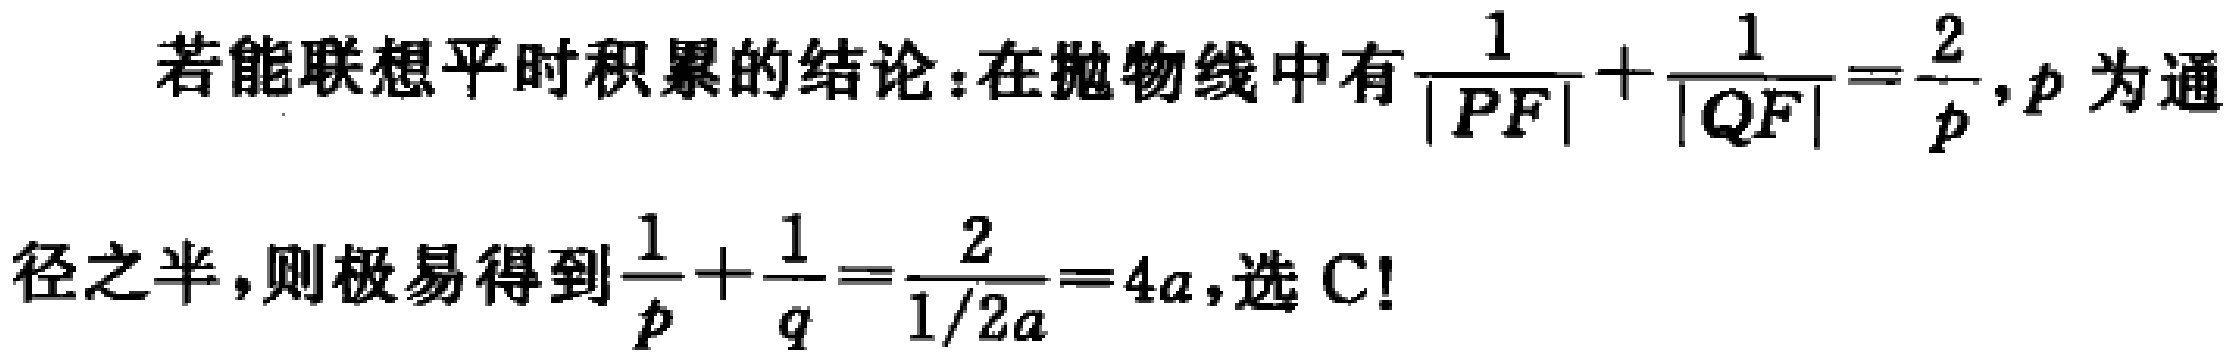
若能联想平时积累的结论：在抛物线中有$\frac{1}{|PF|}+\frac{1}{|QF|}=\frac{2}{p},p$为通
径之半，则极易得到$\frac{1}{p}+\frac{1}{q}=\frac{2}{1/2a}=4a$,选 C!